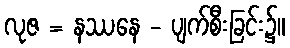
လုဇ = နဿနေ - ပျက်စီးခြင်း၌။